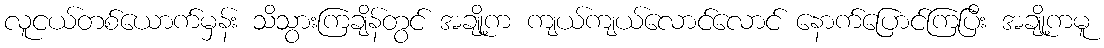
လူငယ်တစ်ယောက်မှန်း သိသွားကြချိန်တွင် အချို့က ကျယ်ကျယ်လောင်လောင် နောက်ပြောင်ကြပြီး အချို့ကမူ